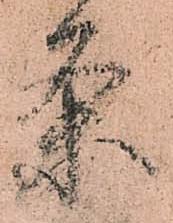
条